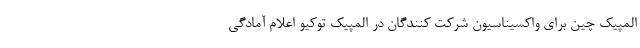
المپیک چین برای واکسیناسیون شرکت کنندگان در المپیک توکیو اعلام آمادگی